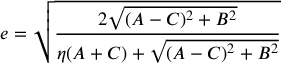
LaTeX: e = { \sqrt { \frac { 2 { \sqrt { ( A - C ) ^ { 2 } + B ^ { 2 } } } } { \eta ( A + C ) + { \sqrt { ( A - C ) ^ { 2 } + B ^ { 2 } } } } } }